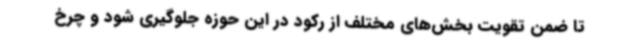
تا ضمن تقویت بخش‌های مختلف از رکود در این حوزه جلوگیری شود و چرخ